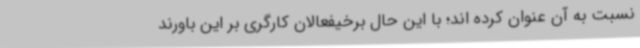
نسبت به آن عنوان کرده اند؛ با این حال برخیفعالان کارگری بر این باورند